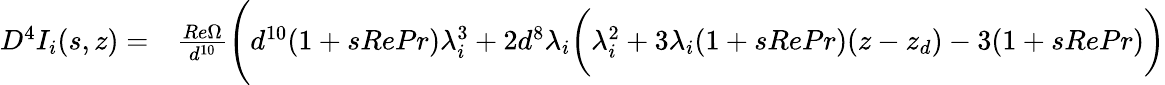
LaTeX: \begin{array}{rl}{D^{4}I_{i}(s,z)=}&{{}\frac{Re\Omega}{d^{10}}\Bigg(d^{10}(1+sRePr)\lambda_{i}^{3}+2d^{8}\lambda_{i}\bigg(\lambda_{i}^{2}+3\lambda_{i}(1+sRePr)(z-z_{d})-3(1+sRePr)\bigg)}\end{array}